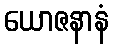
ယောဇနာနံ